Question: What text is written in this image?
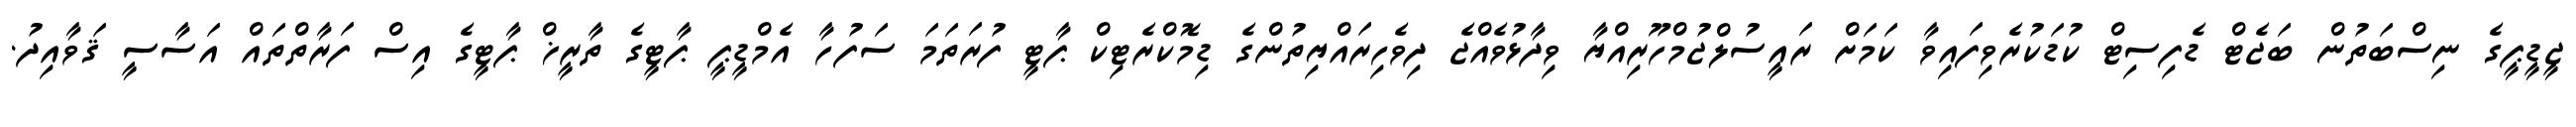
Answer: ޖީޑީޕީގެ ނިސްބަތުން ބަޖެޓް ޑެފިސިޓް ކުޑަކުރެވިފައިވާ ކަމަށް ރައީސުލްޖުމްހޫރިއްޔާ ވިދާޅުވެއްޖެ ދިވެހިރައްޔިތުންގެ ޑިމޮކްރެޓިކް ޕާޓީ ފުރަތަމަ ސަފުހާ އެމްޑީޕީ ޕާޓީގެ ތާރީޚް ޕާޓީގެ އިސް ފަރާތްތައް އަސާސީ ޤަވާއިދު.